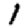
Digit: 1